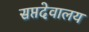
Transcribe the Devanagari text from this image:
सप्तदेवालय